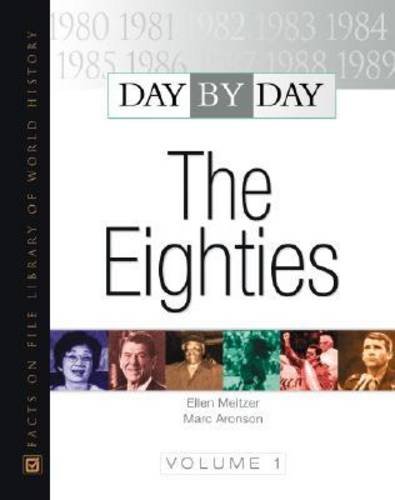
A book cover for Day by Day: The Eighties (Day By Day) 2 VOL SET; Ellen Meltzer; Children's Books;